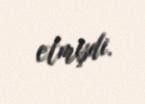
etmişdi.